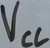
Text: VCC